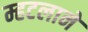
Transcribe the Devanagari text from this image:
म्हटलाने